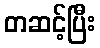
တဆင့်ပြီး